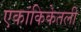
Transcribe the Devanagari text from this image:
एकांकिकेतली